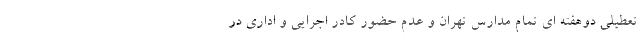
تعطیلی دوهفته ای تمام مدارس تهران و عدم حضور کادر اجرایی و اداری در